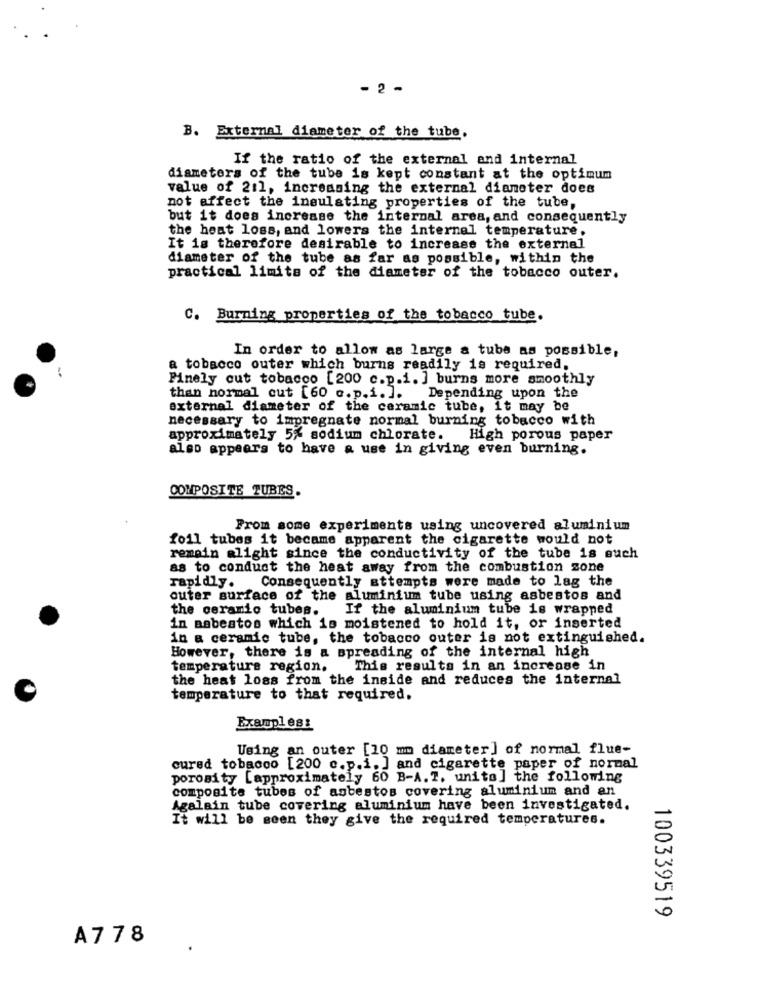
- 2 -
B. External diameter of the tube,
If the ratio of the external and internal
diameters of the tube is kept constant at the optimum
value of 211, increasing the external diameter does
not affect the insulating properties of the tube,
but it does increase the internal area, and consequently
the heat loss, and lowers the internal temperature.
It is therefore desirable to increase the external
diameter of the tube as far as possible, within the
practical limits of the diameter of the tobacco outer.
C. Burning properties of the tobacco tube.
In order to allow as large a tube as possible,
a tobacco outer which burns readily is required.
Finely cut tobacco [200 c.p.i. ] burns more smoothly
than normal cut [60 o.p.i. ]. Depending upon the
external diameter of the ceramic tube, it may be
necessary to impregnate normal burning tobacco with
approximately 5% sodium chlorate. High porous paper
also appears to have a use in giving even burning.
COMPOSITE TUBES.
From some experiments using uncovered aluminium
foil tubes it became apparent the cigarette would not
remain alight since the conductivity of the tube is such
as to conduct the heat away from the combustion zone
Consequently attempts were made to lag the
rapidly.
outer surface of the aluminium tube using asbestos and
the ceramic tubes.
If the aluminium tube is wrapped
in Babestos which is moistened to hold it, or inserted
in a ceramic tube, the tobacco outer is not extinguished.
However, there is a spreading of the internal high
temperature region.
This results in an increase in
the heat loss from the inside and reduces the internal
temperature to that required.
Examples:
Using an outer [10 mm diameter] of normal flue-
cured tobacco [200 c.p.i.] and cigarette paper of normal
porosity [approximately 60 B-A. 7. unito] the following
composite tubes of asbestos covering aluminium and an
Agalain tube covering aluminium have been investigated.
It will be seen they give the required temperatures.
100339519
A778